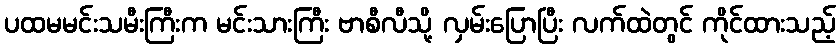
ပထမမင်းသမီးကြီးက မင်းသားကြီး ဗာစီလီသို့ လှမ်းပြောပြီး လက်ထဲတွင် ကိုင်ထားသည့်